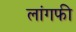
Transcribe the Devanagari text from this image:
लांगफी